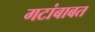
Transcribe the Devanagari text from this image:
गटांबाबत